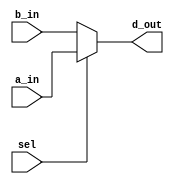
`timescale 1ns / 1ps

module mux2_1(a_in, b_in, sel, d_out);

input a_in, b_in, sel;
output d_out;

assign d_out = (sel) ? a_in: b_in;
 
endmodule